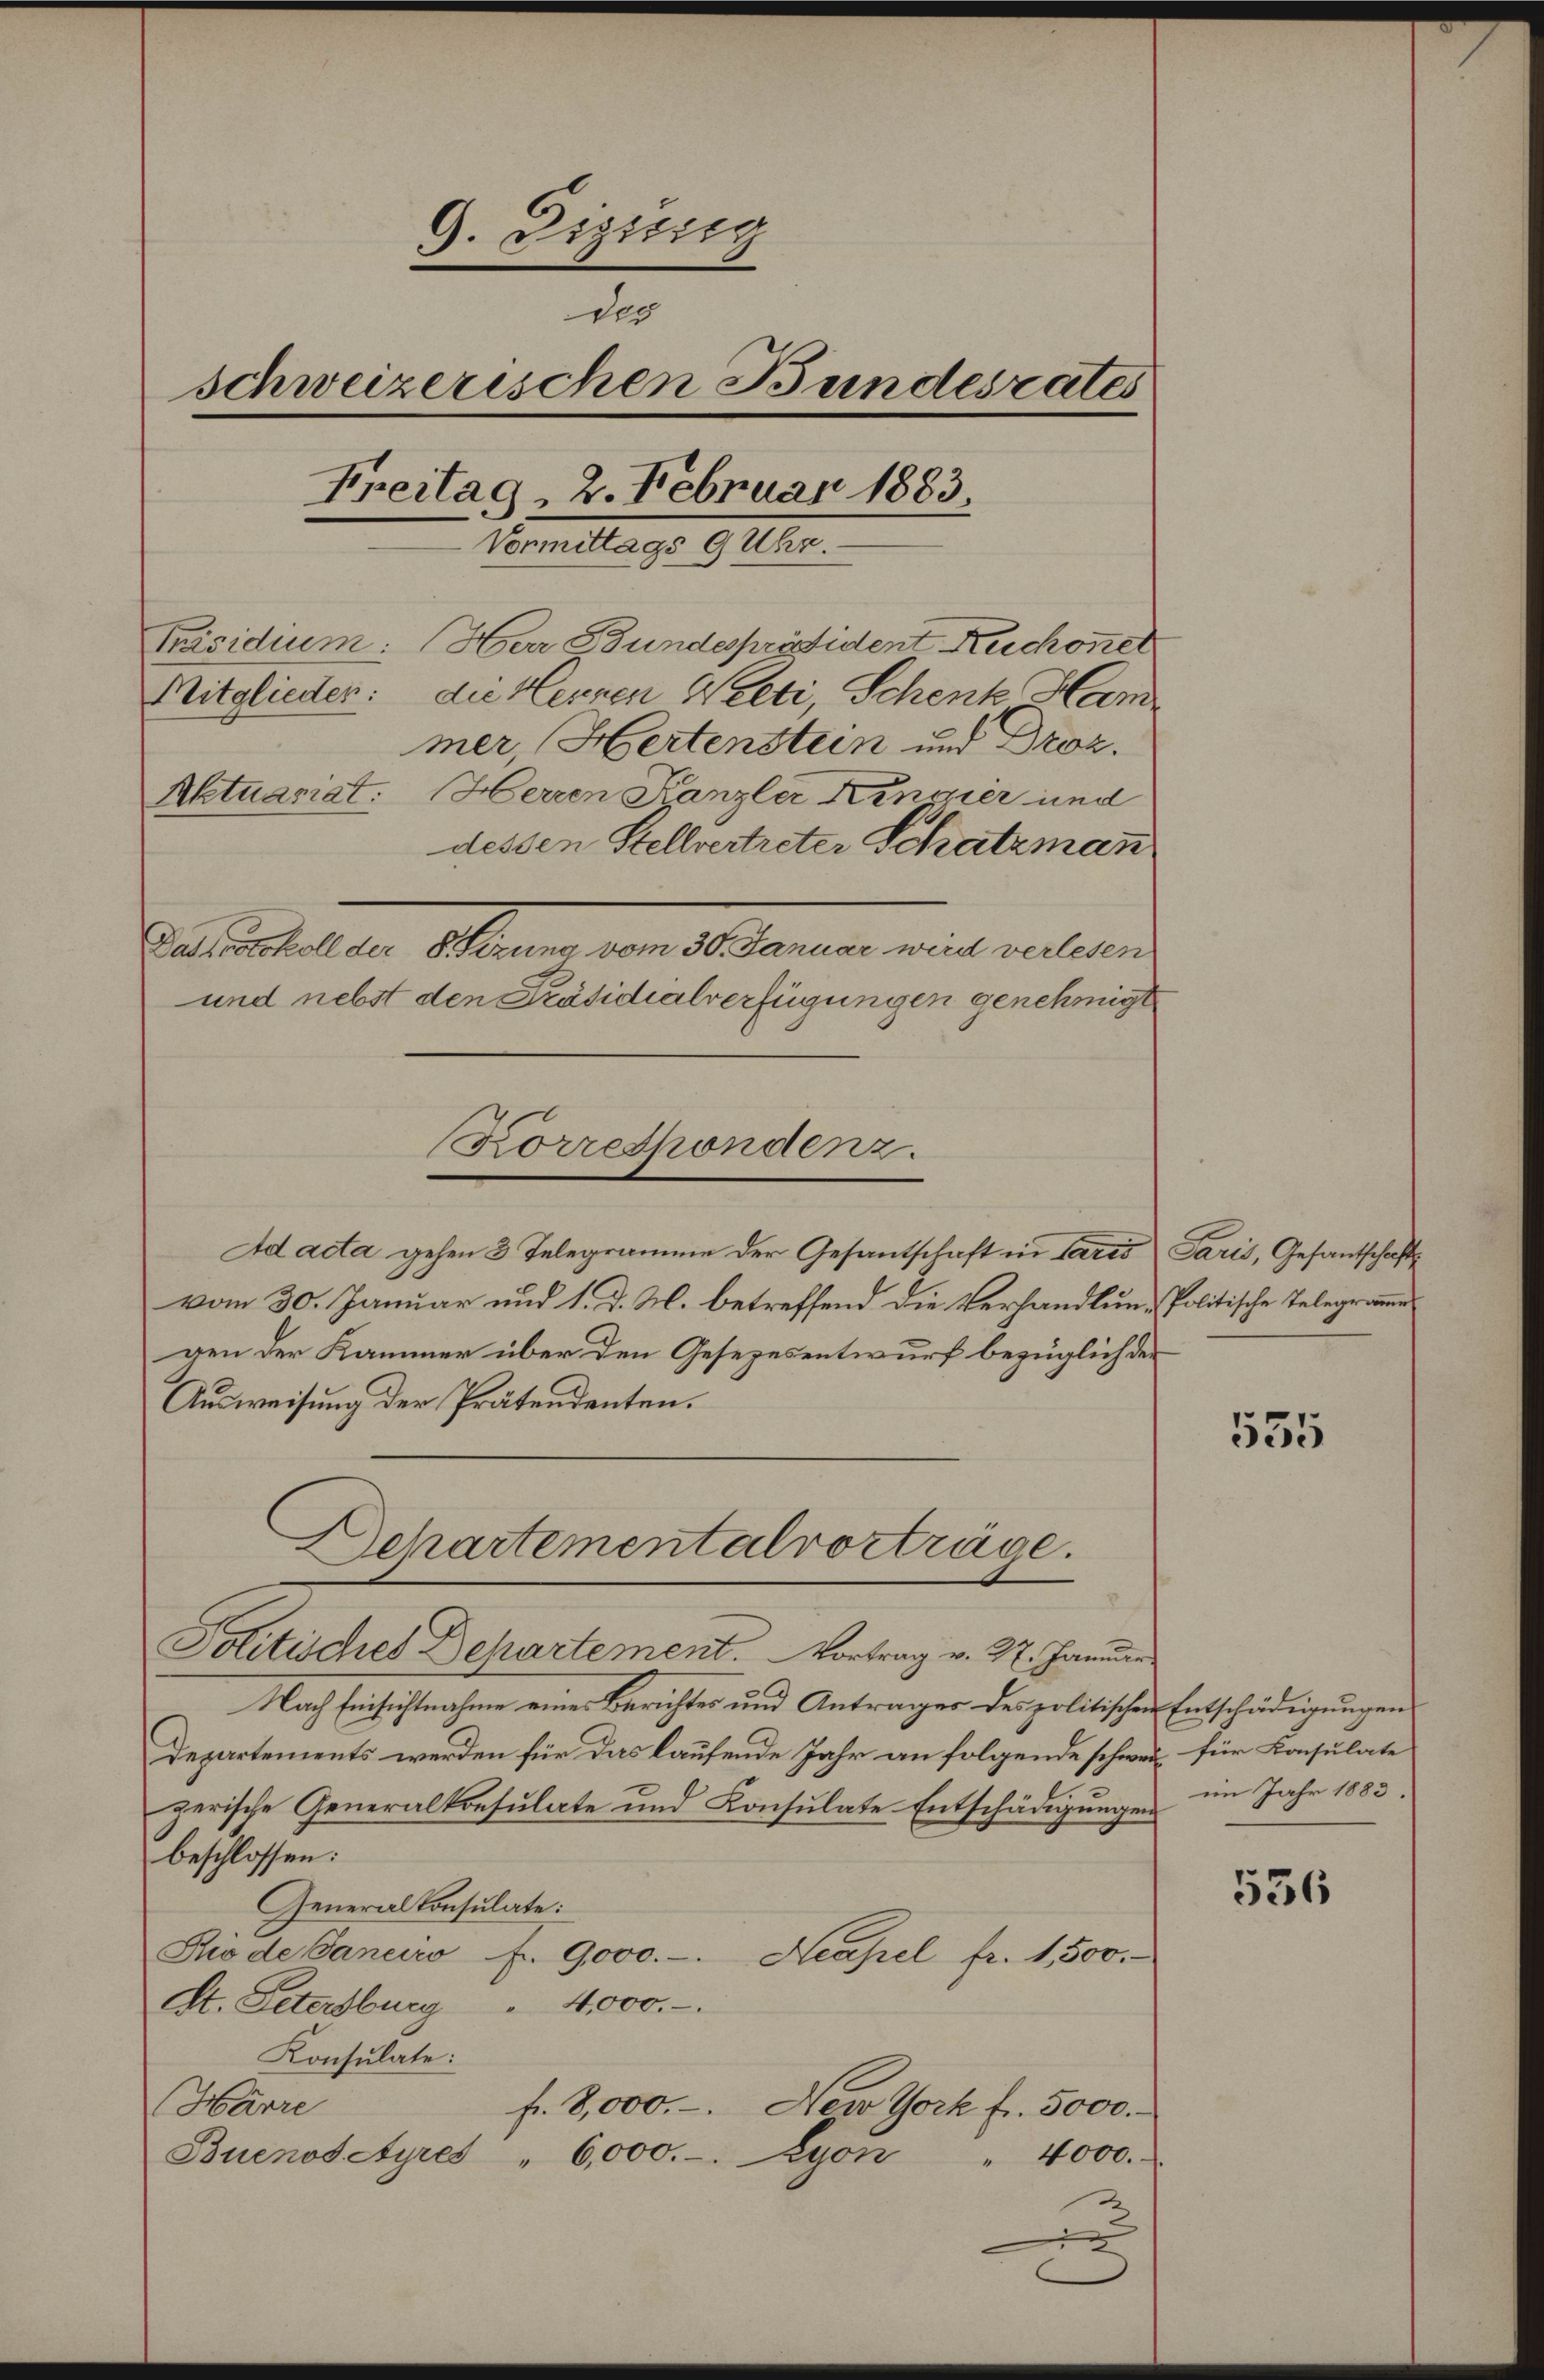
9. Dizurig
des
schweizerischen Bundesrates
Freitag, 2. Februar 1883
Vormittags 9 Uhr.
Präsidium: Herr Bundespräsident Ruchoner
Mitglieden: die Herren Welti, Schenk Ham
mer, Hertensteen und Droz.
Aktuariat: Herren Panzler Kinsner und
dessen Stellvertreter Schatzmann
Daseinstituten Altern von der denen wird verleben
und nebst den Präsidialverfügungen genehmigt

Korrespondenz.

Ad acta gehen 3 Telegramme der Gesantschaft in Paris
vom 30. Januar und 1. d. M. betreffend die Verhandlung Politische Telegramme
gen der Kammer über den Gesezesentwurf bezüglich der
Ausweisung der Prätendenten.
Politisches Behartement. Vortrag v. 27. Januar
Nach Einsichtnahme eines Berichtes und Antrages des politischen Entschädigungen
Departements werden für das laufende Jahr an folgende schwer für Konsulate
gerische Generalkonsulate und Consulate Entschädigŭngen im Jahr 1883.
beschlossen:
Generalkonsulate:
Dio de Saneiro Fr. 9000.-
Neapel fr. 1500.
St. Petersburg " 4,000.
Konsulate:
Härre
f. 8,000.-. New York fr. 5000.
Buenos Ayres " 6,000.
Lyon " 4000.
2

Dehartementalvorträge.

Paris, Gesantschafts

555

536